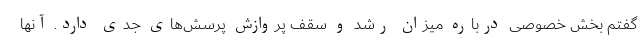
گفتم بخش خصوصی درباره میزان رشد و سقف پروازش پرسش‌های جدی دارد. آنها